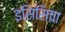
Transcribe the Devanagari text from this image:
इसिसिचा